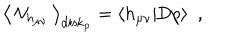
\big \langle \, { \cal V } _ { h _ { \mu \nu } } \, \big \rangle _ { \mathrm { d i s k } _ { p } } = \langle h _ { \mu \nu } | \mathrm { D } p \rangle ~ ~ ,